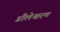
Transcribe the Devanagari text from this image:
डौलेश्वरम